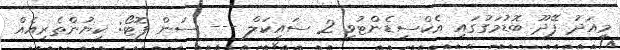
މިއަދު ފޭދޫ ބޮޑުމަގުގައި އެކްސިޑެންޓުވި 2 ސައިކަލް --- ސަން ފޮޓޯ: ކިޔުންތެރިއެއް